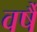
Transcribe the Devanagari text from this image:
वर्षै